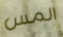
المس